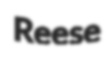
Reese